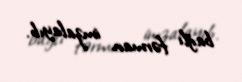
bağlı fərman imzalayıb.